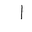
Letter: _alif